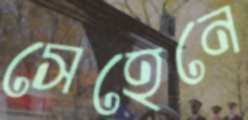
সেহেনে